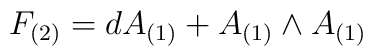
F_{(2)} = dA_{(1)} + A_{(1)} \wedge A_{(1)}